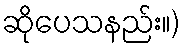
ဆိုပေသနည်း။)